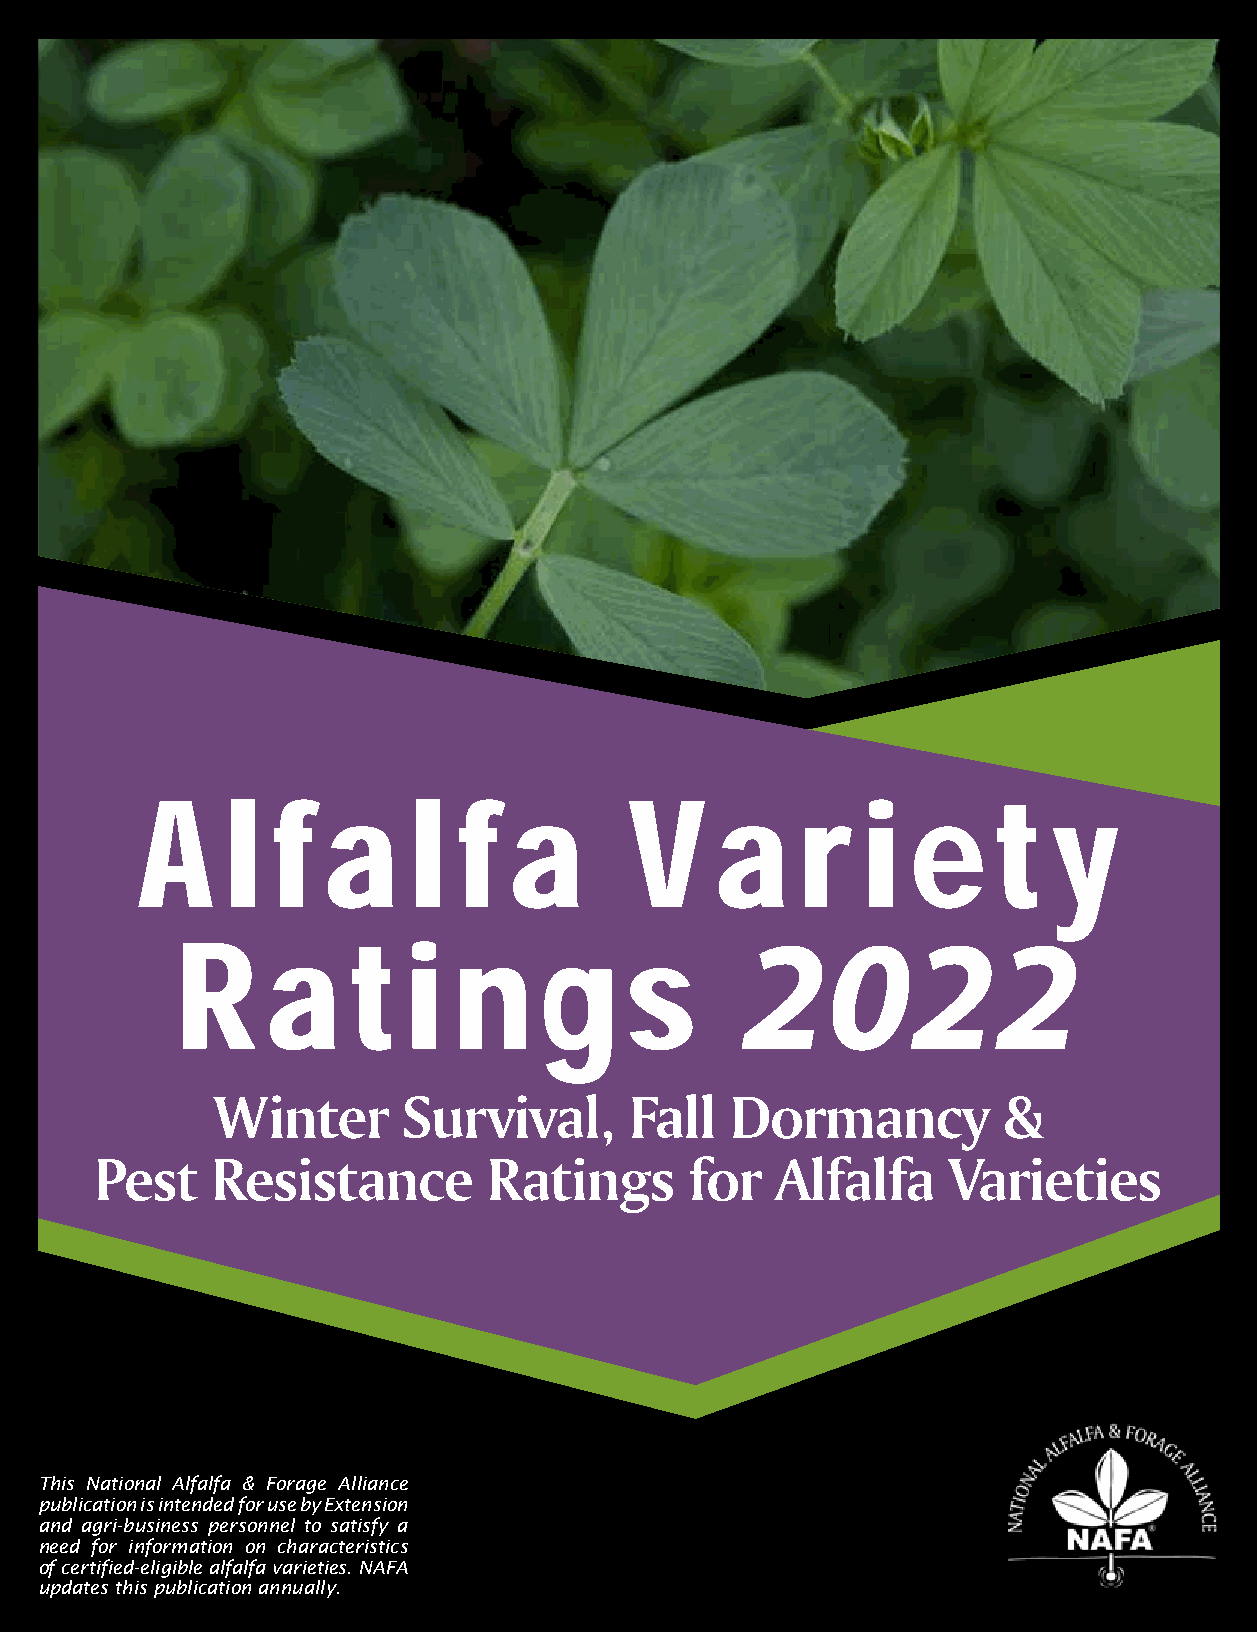
A     l  f  a     l  f   a       V    a     r   i  e     t   y
 2022
 R     a    t   i  n     g    s
 Winter       Survival,      Fall  Dormancy          &
 Pest    Resistance        Ratings       for  Alfalfa     Varieties
 This National Alfalfa & Forage Alliance
 publication is intended for use by Extension
 and agri-business personnel to satisfy a
 need for information on characteristics
 of certified-eligible alfalfa varieties. NAFA
 updates this publication annually.